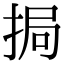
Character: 挶